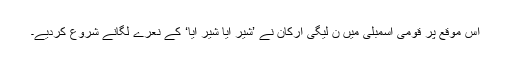
اس موقع پر قومی اسمبلی میں ن لیگی ارکان نے ’شیر آیا شیر آیا‘ کے نعرے لگانے شروع کردیے۔